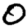
Digit: 0